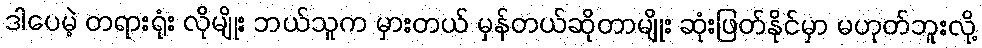
ဒါပေမဲ့ တရားရုံး လိုမျိုး ဘယ်သူက မှားတယ် မှန်တယ်ဆိုတာမျိုး ဆုံးဖြတ်နိုင်မှာ မဟုတ်ဘူးလို့